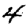
Digit: 4